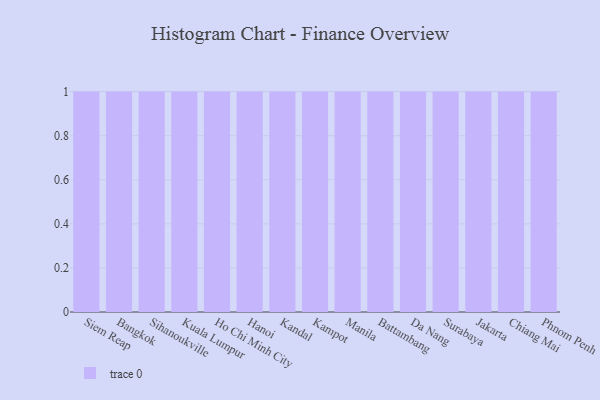
{"axis": {"x": "City", "y": "Conversion Rate (%)"}, "legend": [""], "data": [{"x": "Siem Reap", "y": 80, "type": ""}, {"x": "Bangkok", "y": 2, "type": ""}, {"x": "Sihanoukville", "y": 12, "type": ""}, {"x": "Kuala Lumpur", "y": 63, "type": ""}, {"x": "Ho Chi Minh City", "y": 45, "type": ""}, {"x": "Hanoi", "y": 26, "type": ""}, {"x": "Kandal", "y": 13, "type": ""}, {"x": "Kampot", "y": 43, "type": ""}, {"x": "Manila", "y": 100, "type": ""}, {"x": "Battambang", "y": 63, "type": ""}, {"x": "Da Nang", "y": 11, "type": ""}, {"x": "Surabaya", "y": 29, "type": ""}, {"x": "Jakarta", "y": 31, "type": ""}, {"x": "Chiang Mai", "y": 99, "type": ""}, {"x": "Phnom Penh", "y": 91, "type": ""}]}